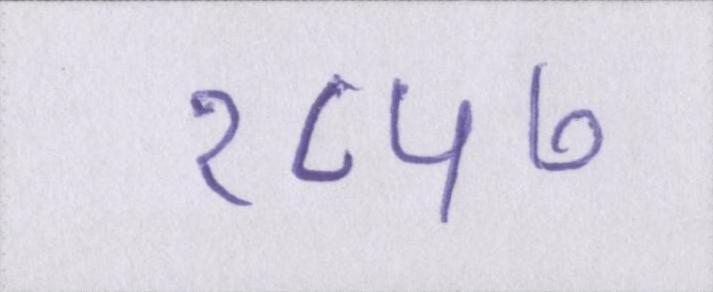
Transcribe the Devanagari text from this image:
१८५७